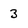
Character: 3